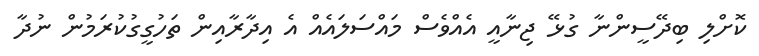
ކޮށްލި ބިދޭސީންނާ ގުޅޭ ޖިނާއީ އެއްވެސް މައްސަލައެއް އެ އިދާރާއިން ތަހުގީގުކުރަމުން ނުދާ